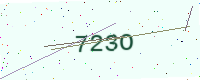
Text: 723O